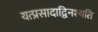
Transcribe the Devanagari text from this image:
यत्प्रसादाद्विनश्यति